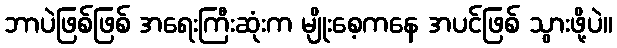
ဘာပဲဖြစ်ဖြစ် အရေးကြီးဆုံးက မျိုးစေ့ကနေ အပင်ဖြစ် သွားဖို့ပဲ။